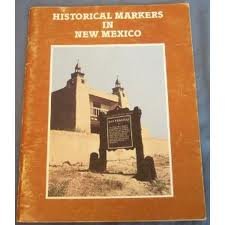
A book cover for Historical Markers in New Mexico; Travel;